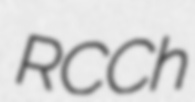
RCCh